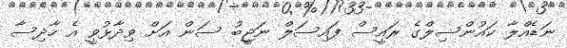
ނަޑެއްލާ ކައުންސިލްގެ ރައީސް ފައިސަލް ނަޖީބު ސަން އަށް ވިދާޅުވީ އެ ހާދިސާ